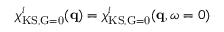
\chi _ { \mathrm { K S , \vec { G } = 0 } } ^ { i } ( \mathbf { q } ) = \chi _ { \mathrm { K S , \vec { G } = 0 } } ^ { i } ( \mathbf { q } , \omega = 0 )